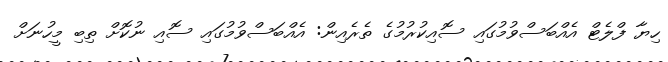
ހިޔާ ފްލެޓް އެއްބަސްވުމުގައި ސޮއިކުރުމުގެ ތެރެއިން: އެއްބަސްވުމުގައި ސޮއި ނުކޮށް ތިބި މީހުނަށް